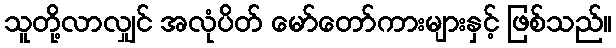
သူတို့လာလျှင် အလုံပိတ် မော်တော်ကားများနှင့် ဖြစ်သည်။